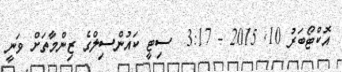
އޮކްޓޯބަރު 10